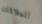
للعلاقات